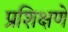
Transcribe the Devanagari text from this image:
प्रशिक्षणे